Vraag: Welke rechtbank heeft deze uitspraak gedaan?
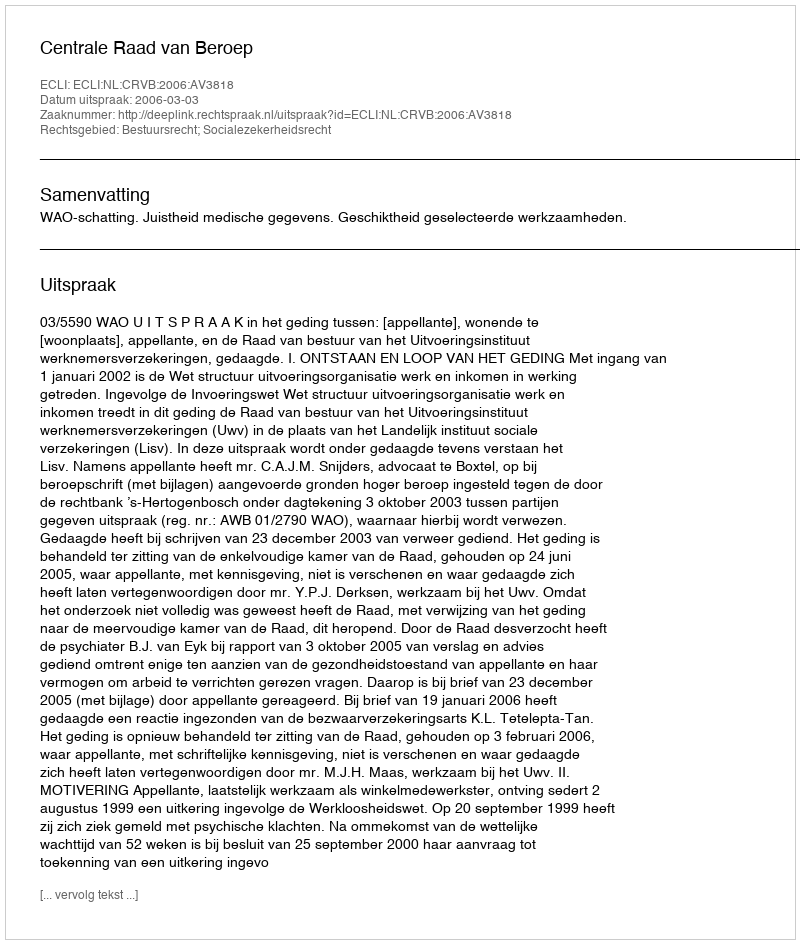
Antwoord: Centrale Raad van Beroep